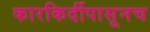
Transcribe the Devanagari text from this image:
कारकिर्दीपासूनच